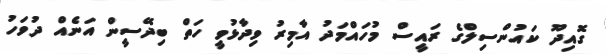
ގޮއިދޫ ކައުންސިލްގެ ރައީސް މުހައްމަދު އާމިރު ވިދާޅުވީ ހަތް ބިދޭސީން އަނެއް ދުވަހު